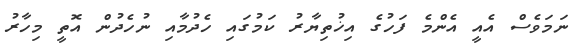
ނަމަވެސް އެއީ އެންމެ ފަހުގެ އިޚުތިޔާރު ކަމުގައި ހެދުމާއި ނުހެދުން އޮތީ މިހާރު